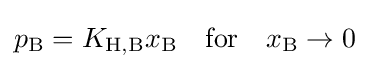
p_{\mathrm {B} }=K_{\mathrm {H,B} }x_{\mathrm {B} }\quad {\text{for}}\quad x_{\mathrm {B} }\to 0\;